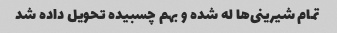
تمام شیرینی‌ها له شده و بهم چسبیده تحویل داده شد